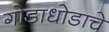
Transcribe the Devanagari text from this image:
गोडाधोडाचे